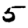
Digit: 5